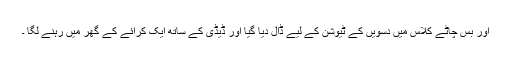
اور بس چاٹے کلاس میں دسویں کے ٹیوشن کے لیے ڈال دیا گیا اور ڈیڈی کے ساتھ ایک کرائے کے گھر میں رہنے لگا ۔